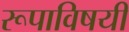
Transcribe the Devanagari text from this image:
रूपाविषयी